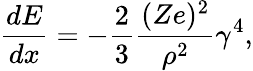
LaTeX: {\frac{dE}{dx}}=-{\frac{2}{3}}{\frac{(Ze)^{2}}{\rho^{2}}}\gamma^{4},